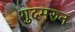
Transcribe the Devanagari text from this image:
गुदमरुन